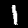
Digit: 1